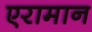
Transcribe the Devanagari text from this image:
एरामान